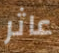
عاثر